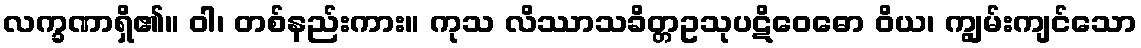
လက္ခဏာရှိ၏။ ဝါ၊ တစ်နည်းကား။ ကုသ လိဿာသခိတ္တဥသုပဋိဝေဓော ဝိယ၊ ကျွမ်းကျင်သော